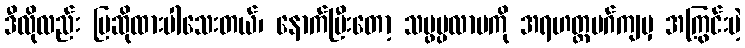
ဒီလိုလည်း ပြဆိုထားပါသေးတယ်၊ နောက်ပြီးတော့ သမ္ဖပ္ပလာပကို အရဟတ္တမဂ်ကျမှ အကြွင်းမဲ့